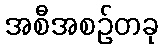
အစီအစဉ်တခု